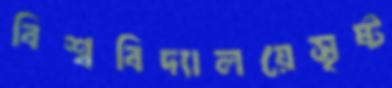
বিশ্ববিদ্যালয়েসৃষ্ট